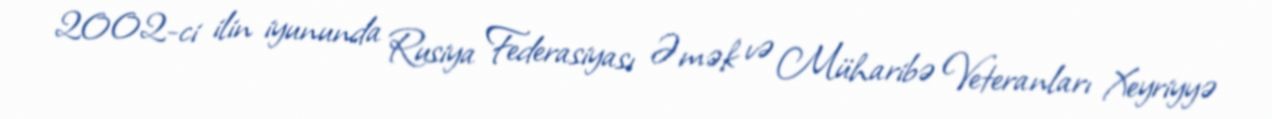
2002-ci ilin iyununda Rusiya Federasiyası Əmək və Müharibə Veteranları Xeyriyyə